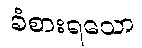
ခံစားရသော